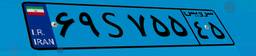
۶۹S۷۵۵۴۵